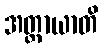
အတ္ထာယာတိ